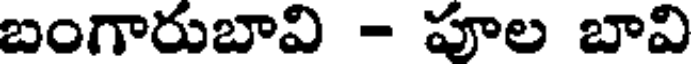
బంగారుబావి - పూల బావి